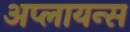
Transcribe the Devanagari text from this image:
अप्लायन्स